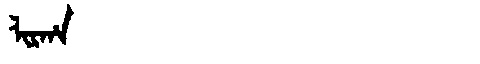
Manchu: ᠯᡳᡵᡥᠠ
Romanization: LIRHA